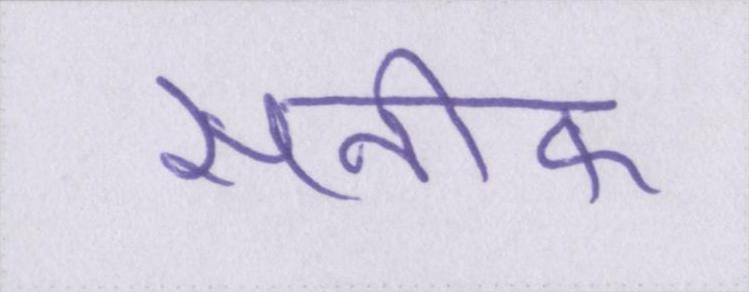
सनीफ